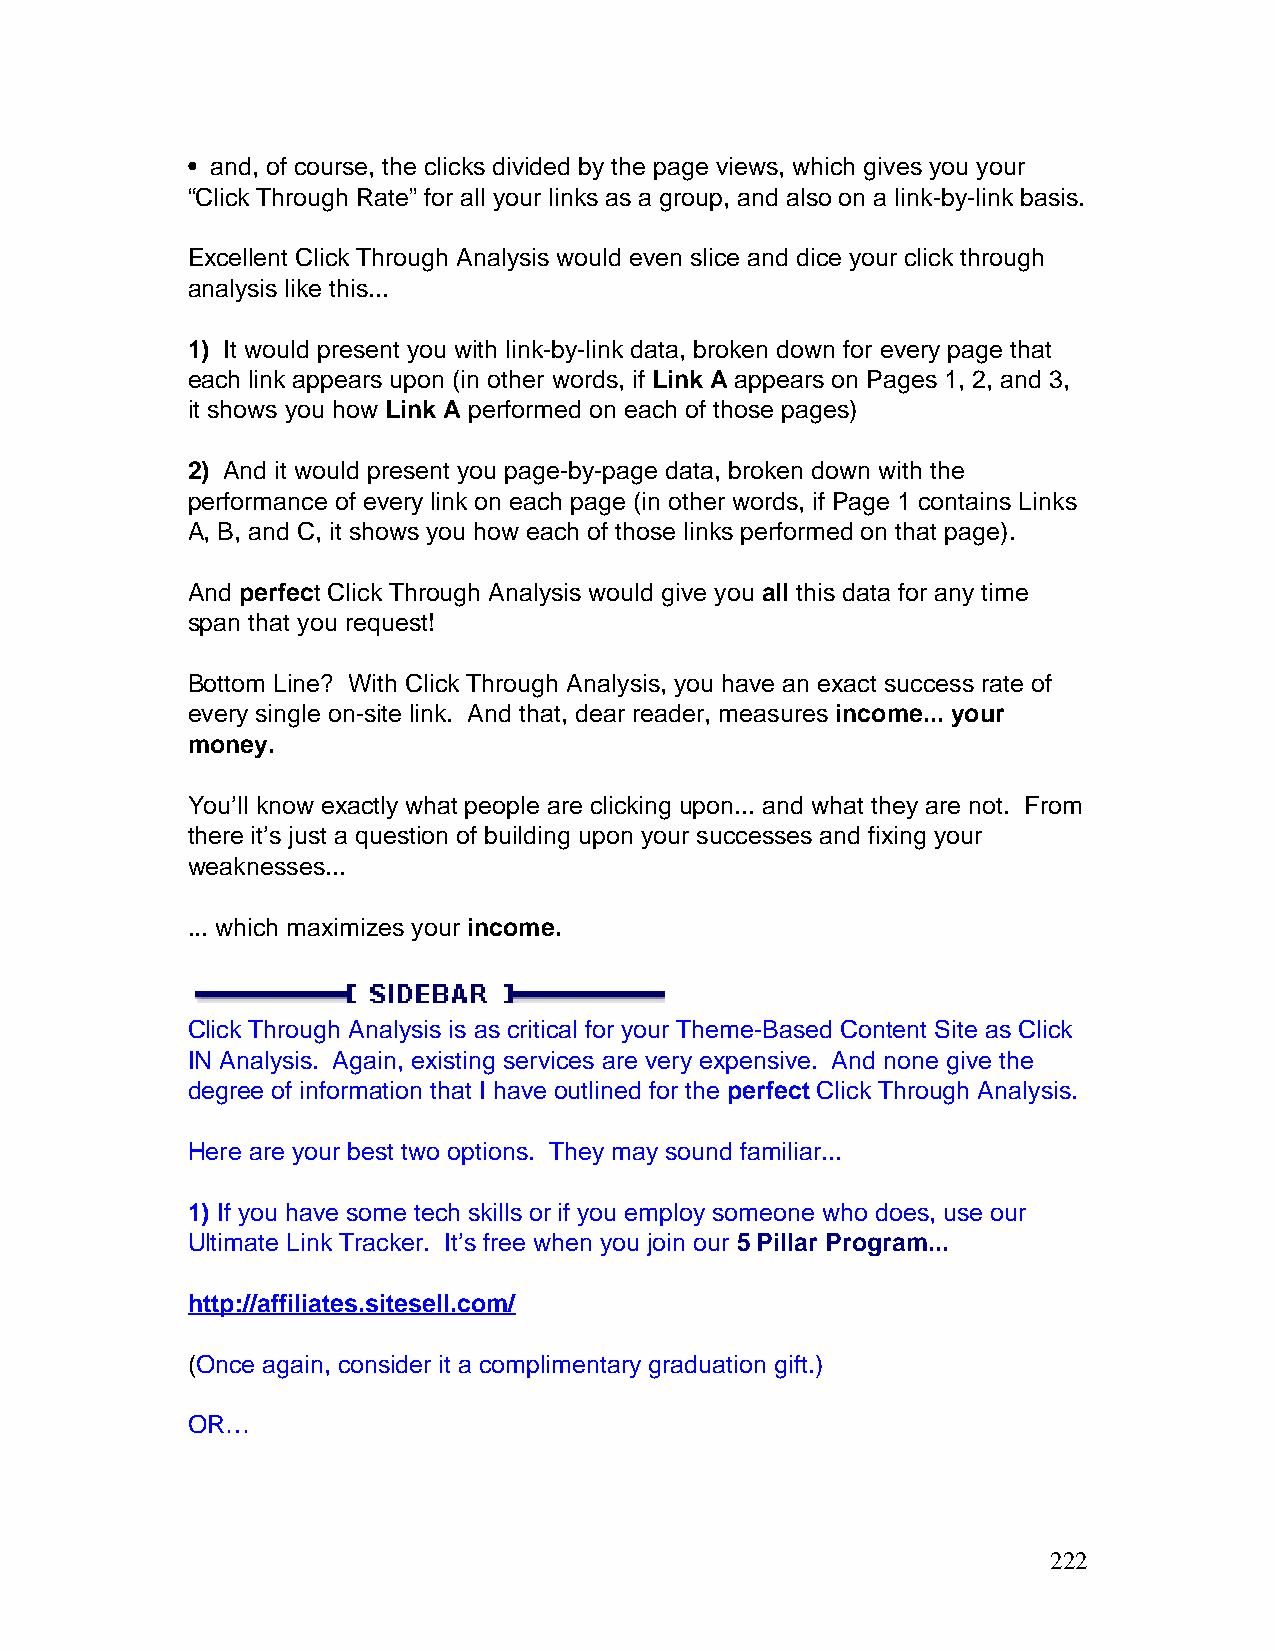
• and, of course, the clicks divided by the page views, which gives you your
 “Click Through Rate” for all your links as a group, and also on a link-by-link basis.
 Excellent Click Through Analysis would even slice and dice your click through
 analysis like this...
 1) It would present you with link-by-link data, broken down for every page that
 each link appears upon (in other words, if Link A appears on Pages 1, 2, and 3,
 it shows you how Link A performed on each of those pages)
 2) And it would present you page-by-page data, broken down with the
 performance of every link on each page (in other words, if Page 1 contains Links
 A, B, and C, it shows you how each of those links performed on that page).
 And perfect Click Through Analysis would give you all this data for any time
 span that you request!
 Bottom Line? With Click Through Analysis, you have an exact success rate of
 every single on-site link. And that, dear reader, measures income... your
 money.
 You’ll know exactly what people are clicking upon... and what they are not. From
 there it’s just a question of building upon your successes and fixing your
 weaknesses...
 ... which maximizes your income.
 Click Through Analysis is as critical for your Theme-Based Content Site as Click
 IN Analysis. Again, existing services are very expensive. And none give the
 degree of information that I have outlined for the perfect Click Through Analysis.
 Here are your best two options. They may sound familiar...
 1) If you have some tech skills or if you employ someone who does, use our
 Ultimate Link Tracker. It’s free when you join our 5 Pillar Program...
 http://affiliates.sitesell.com/
 (Once again, consider it a complimentary graduation gift.)
 OR…
 222